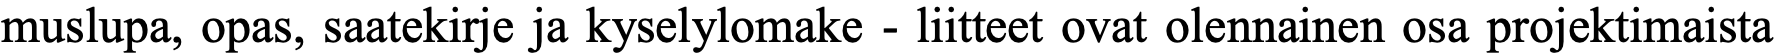
muslupa, opas, saatekirje ja kyselylomake - liitteet ovat olennainen osa projektimaista